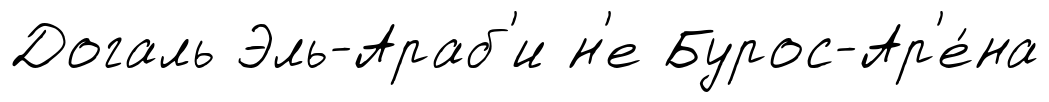
Догаль Эль-Араб'и н'е Бурос-Ар'е́на